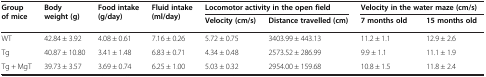
| <ROWSPAN=2> Group of mice | <ROWSPAN=2> Body weight (g) | <ROWSPAN=2> Food intake (g/day) | <ROWSPAN=2> Fluid intake(ml/day) | <COLSPAN=2> Locomotor activity in the open field | <COLSPAN=2> Velocity in the water maze (cm/s) |
 | Velocity (cm/s) | Distance travelled (cm) | 7 months old | 15 months old |
 | --- | --- | --- | --- | --- | --- | --- | --- |
 | WT | 42.84 ± 3.92 | 4.08 ± 0.61 | 7.16 ± 0.26 | 5.72 ± 0.75 | 3403.99 ± 443.13 | 11.2 ± 1.1 | 12.9 ± 2.6 |
 | Tg | 40.87 ± 10.80 | 3.41 ± 1.48 | 6.83 ± 0.71 | 4.34 ± 0.48 | 2573.52 ± 286.99 | 9.9 ± 1.1 | 11.1 ± 1.9 |
 | Tg + MgT | 39.73 ± 3.57 | 3.69 ± 0.74 | 6.25 ± 1.00 | 5.03 ± 0.32 | 2954.00 ± 159.68 | 10.8 ± 1.5 | 11.8 ± 2.4 |